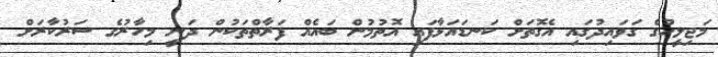
މަޖިލީހުގެ ގަވައިދުގައި އެގޮތަށް ކަނޑައަޅާފައި އޮތުމުން ބައެއް ފަރާތްތަކުން ދަނީ މިހާރުގެ ސަރުކާރަށް